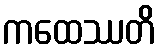
ကထေဿတိ